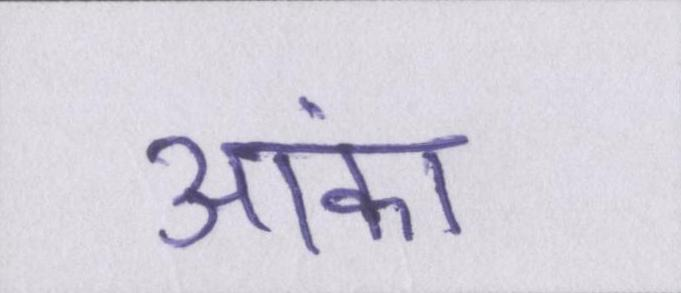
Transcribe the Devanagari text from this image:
आंका